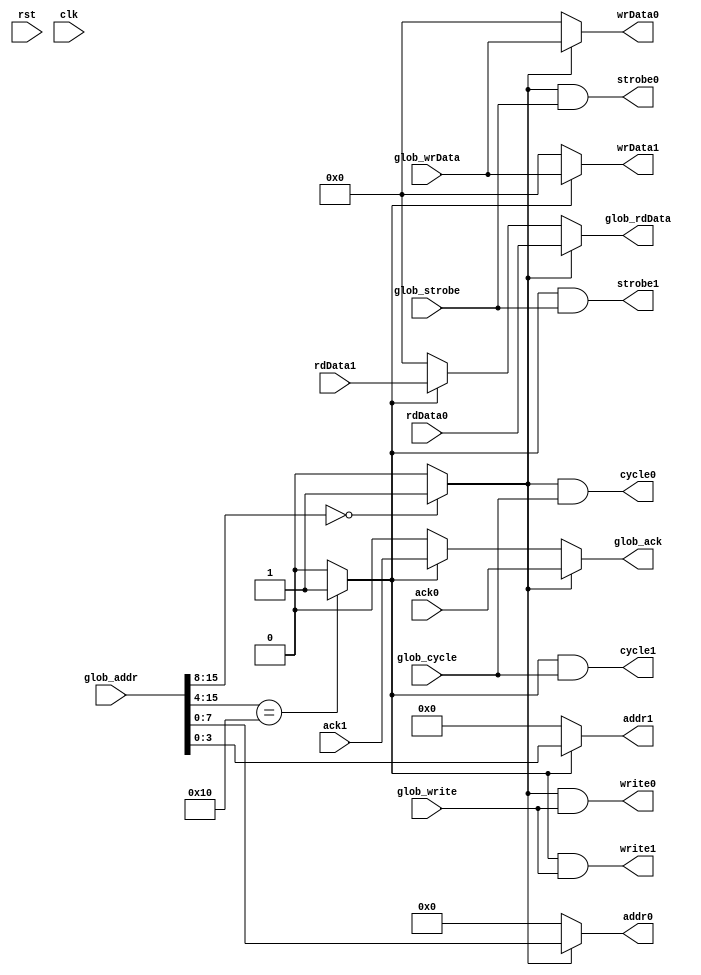
`timescale 1ns / 1ps
//////////////////////////////////////////////////////////////////////////////////
// Company: 
// Engineer: 
// 
// Design Name: 
// Module Name:    wb_intercon 
// Project Name: 
// Target Devices: 
// Tool versions: 
// Description: 
//
// Dependencies: 
//
// Revision: 
// Revision 0.01 - File Created
// Additional Comments: 
//
//////////////////////////////////////////////////////////////////////////////////
module wb_intercon
#( parameter DATA_WIDTH = 16,
	 parameter ADDR_WIDTH = 16 )
(
// general
	input wire rst,
	input wire clk,
// global wishbone signals
	input wire glob_strobe,
	input wire glob_write,
	input wire glob_cycle,
	output reg glob_ack,
	input wire [ADDR_WIDTH-1:0] glob_addr,
	input wire [DATA_WIDTH-1:0] glob_wrData,
	output reg [DATA_WIDTH-1:0] glob_rdData,
// 1. address space ( 0x0000 - 0x00FF )
	output reg strobe0,
	output reg write0,
	output reg cycle0,
	input wire ack0,
	output reg [7:0] addr0,
	output reg [DATA_WIDTH-1:0] wrData0,
	input wire [DATA_WIDTH-1:0] rdData0,
// 2. address space ( 0x0100 - 0x010F ) 
	output reg strobe1,
	output reg write1,
	output reg cycle1,
	input wire ack1,
	output reg [3:0] addr1,
	output reg [DATA_WIDTH-1:0] wrData1,
	input wire [DATA_WIDTH-1:0] rdData1
);

reg sel0, sel1;

always @*
begin
	sel0 = (glob_addr[15:8] == 'h00) ? 1 : 0;
	sel1 = (glob_addr[15:4] == 'h010) ? 1 : 0;
	
	// space 0 signals
	strobe0 = sel0 & glob_strobe;
	write0 = sel0 & glob_write;
	cycle0 = sel0 & glob_cycle;
	addr0 = sel0 == 1 ? glob_addr[7:0] : 'b0;
	wrData0 = sel0 == 1 ? glob_wrData : 'b0;
	
	// space 1 signals
	strobe1 = sel1 & glob_strobe;
	write1 = sel1 & glob_write;
	cycle1 = sel1 & glob_cycle;
	addr1 = sel1 == 1 ? glob_addr[3:0] : 'b0;
	wrData1 = sel1 == 1 ? glob_wrData : 'b0;
	
	
	// global signal's assign
	glob_ack = sel0 == 1 ? ack0 : 
						 sel1 == 1 ? ack1 :
						 'b0;
	glob_rdData = sel0 == 1 ? rdData0 :
								sel1 == 1 ? rdData1 :
								'b0;
	
end



endmodule